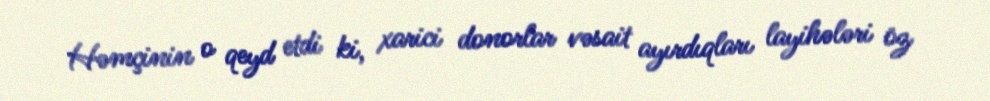
Həmçinin o qeyd etdi ki, xarici donorlar vəsait ayırdıqları layihələri öz